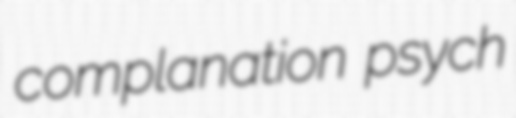
complanation psych